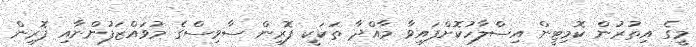
މީގެ އިތުރުން ކޮމިޓީން އިސްލާހުކޮށްފައިވާ މާއްދާ ތަކަކީ ފޮރިން ސާވިސްގެ މުވައްޒަފުންނާއި ފޮރިން